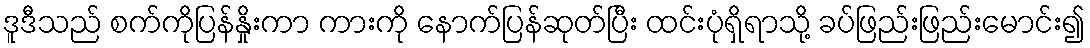
ဒူဒီသည် စက်ကိုပြန်နှိုးကာ ကားကို နောက်ပြန်ဆုတ်ပြီး ထင်းပုံရှိရာသို့ ခပ်ဖြည်းဖြည်းမောင်း၍